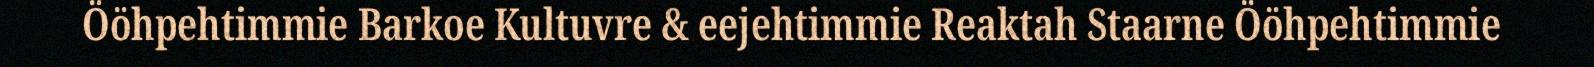
Ööhpehtimmie Barkoe Kultuvre & eejehtimmie Reaktah Staarne Ööhpehtimmie